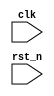
`timescale 1ns / 1ps
//////////////////////////////////////////////////////////////////////////////////
// Company: 
// Engineer: 
// 
// Design Name: 
// Module Name:    cpu 
// Project Name: 
// Target Devices: 
// Tool versions: 
// Description: 
//
// Dependencies: 
//
// Revision: 
// Revision 0.01 - File Created
// Additional Comments: 
//
//////////////////////////////////////////////////////////////////////////////////
module cpu(
	input clk,
	input rst_n
);




endmodule